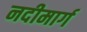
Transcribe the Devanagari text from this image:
नदीमार्ग